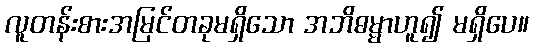
လူတန်းစားအမြင်တခုမရှိသော အဘိဓမ္မာဟူ၍ မရှိပေ။